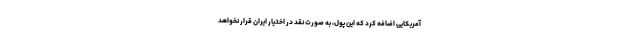
آمریکایی اضافه کرد که این پول، به صورت نقد در اختیار ایران قرار نخواهد